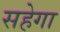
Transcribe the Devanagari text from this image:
सहेगा